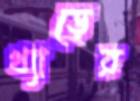
খ্যাড়ের